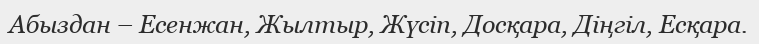
Абыздан – Есенжан, Жылтыр, Жүсіп, Досқара, Діңгіл, Есқара.